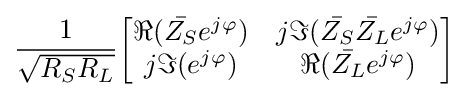
{\frac {1}{\sqrt {R_{S}R_{L}}}}{\begin{bmatrix}\Re ({\bar {Z_{S}}}e^{j\varphi })&j\Im ({\bar {Z_{S}}}{\bar {Z_{L}}}e^{j\varphi })\\j\Im (e^{j\varphi })&\Re ({\bar {Z_{L}}}e^{j\varphi })\end{bmatrix}}